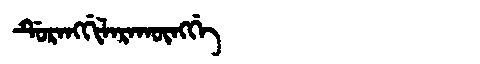
Manchu: ᡩᡠᡵᠠᠩᡤᡳᠯᠠᡵᠠᡴᡡᠩᡤᡝ
Romanization: DURANGGILARAKŪNGGE